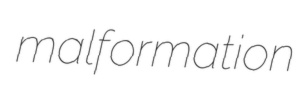
malformation